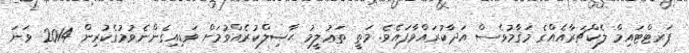
ޕަރޓްޓައިމް ލެކްޗަރާއެއްގެ މަޤާމުވެސް އަދާކުރައްވާފައެވެ. މަތީ ތަޢުލީމު ޙާޞިލްކުރެއްވުމަށް ވަޑިއިގެންނެވުމުގެކުރިން 2014 ވަނަ